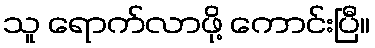
သူ ရောက်လာဖို့ ကောင်းပြီ။